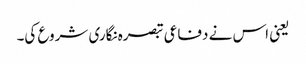
یعنی اس نے دفاعی تبصرہ نگاری شروع کی۔